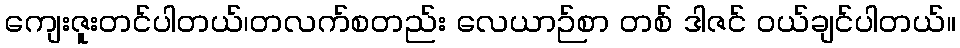
ကျေးဇူးတင်ပါတယ်၊တလက်စတည်း လေယာဉ်စာ တစ် ဒါဇင် ဝယ်ချင်ပါတယ်။